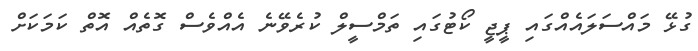
ގުޅޭ މައްސަލައެއްގައި ޕީޖީ ކޯޓުގައި ތަމްސީލް ކުރެވޭނެ އެއްވެސް ގޮތެއް އޮތް ކަމަކަށް